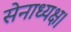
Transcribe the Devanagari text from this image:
सेनाध्यक्ष।